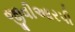
જીવીઆરપી